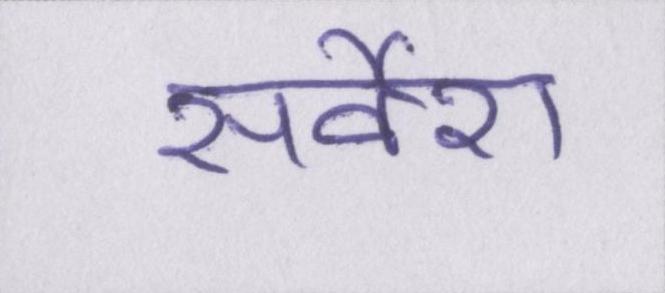
सर्वेश